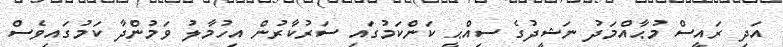
އަދި ރައީސް މުޙާއްމަދު ނަޝީދުގެ ސިއްޙީ ކަންކަމުގައި ސަރުކާރުން އިހުމާލު ވަމުންދާ ކަމުގައިވެސް